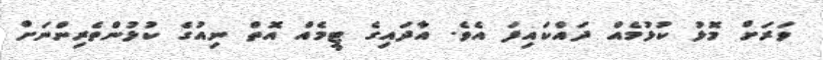
ވަރަށް މޮޅު ކުޅުމެއް ދައްކައިފަ އެވެ. އާދައިގެ ޓީމެއް އޮތް ނިއުގެ ކުޅުންތެރިންނަށް